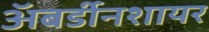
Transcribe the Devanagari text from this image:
अॅबर्डीनशायर